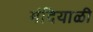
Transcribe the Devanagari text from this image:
मंदियाळी